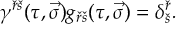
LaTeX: ( t ^ { 8 } ) ^ { 2 } = \frac { 1 } { 6 } - \frac { 1 } { 2 \sqrt { 3 } } t ^ { 8 } ,